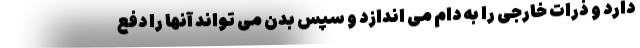
دارد و ذرات خارجی را به دام می اندازد و سپس بدن می تواند آنها را دفع